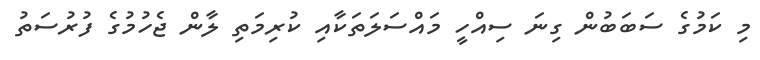
މި ކަމުގެ ސަބަބުން ގިނަ ސިއްހީ މައްސަލަތަކާއި ކުރިމަތި ލާން ޖެހުމުގެ ފުރުސަތު